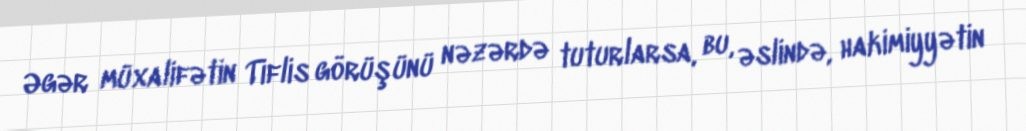
Əgər müxalifətin Tiflis görüşünü nəzərdə tuturlarsa, bu, əslində, hakimiyyətin